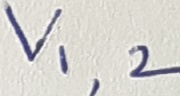
Text: V1,2